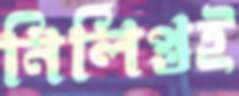
নির্লিপ্তই